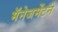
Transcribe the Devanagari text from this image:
मॅनेजमेंटने